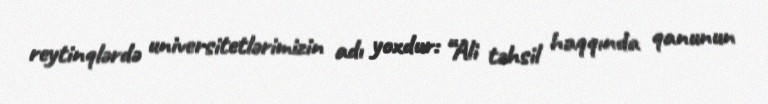
reytinqlərdə universitetlərimizin adı yoxdur: “Ali təhsil haqqında qanunun